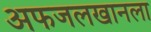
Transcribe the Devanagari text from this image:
अफजलखानला